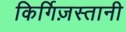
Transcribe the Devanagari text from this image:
किर्गिज़स्तानी